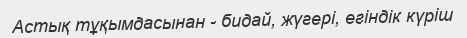
Астық тұқымдасынан - бидай, жүгері, егіндік күріш